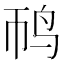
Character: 䴓